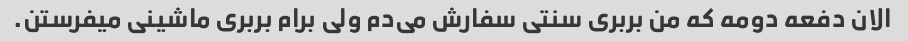
الان دفعه دومه که من بربری سنتی سفارش می‌دم ولی برام بربری ماشینی میفرستن.